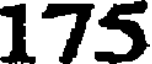
175